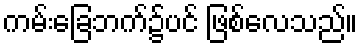
ကမ်းခြေဘက်၌ပင် ဖြစ်လေသည်။